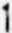
1